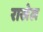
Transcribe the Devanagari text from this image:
राखेल